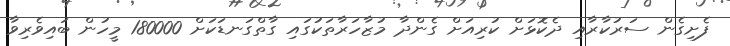
ފެށިގެން ސަރުކާރާއި ދެކޮޅަށް ކުރިއަށް ގެންދާ މުޒާހަރާތަކުގައި ގާތްގަނޑަކަށް 180000 މީހުން ބައިވެރިވާ